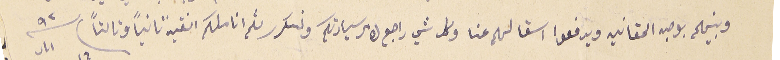
وبينحكم بوجه الحقانين ويرفعوا اسقالهم عنا وكل شي راجع لامر سيادتكم ونكرر لثم اناملكم النقيه ثانياً وثالثاً ١٦ اىار ٩٢